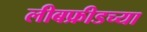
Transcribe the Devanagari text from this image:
लीबफ्रीडच्या